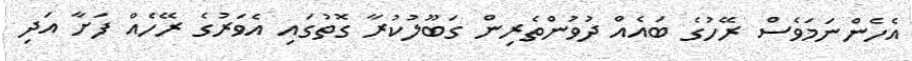
އެހެންނަމަވެސް ރޭހުގެ ބައެއް ދުވުންތެރިން ގަބޫލުކުރާ ގޮތުގައި އެވަރުގެ ރޭހެއް ފަށާ އަދި